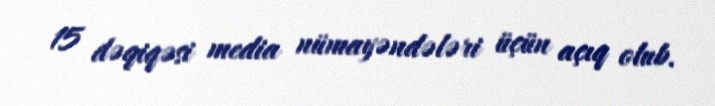
15 dəqiqəsi media nümayəndələri üçün açıq olub.